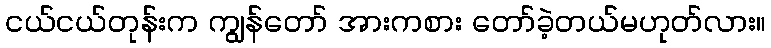
ငယ်ငယ်တုန်းက ကျွန်တော် အားကစား တော်ခဲ့တယ်မဟုတ်လား။